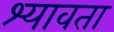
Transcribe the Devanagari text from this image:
श्यावता